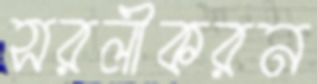
সরলীকরন